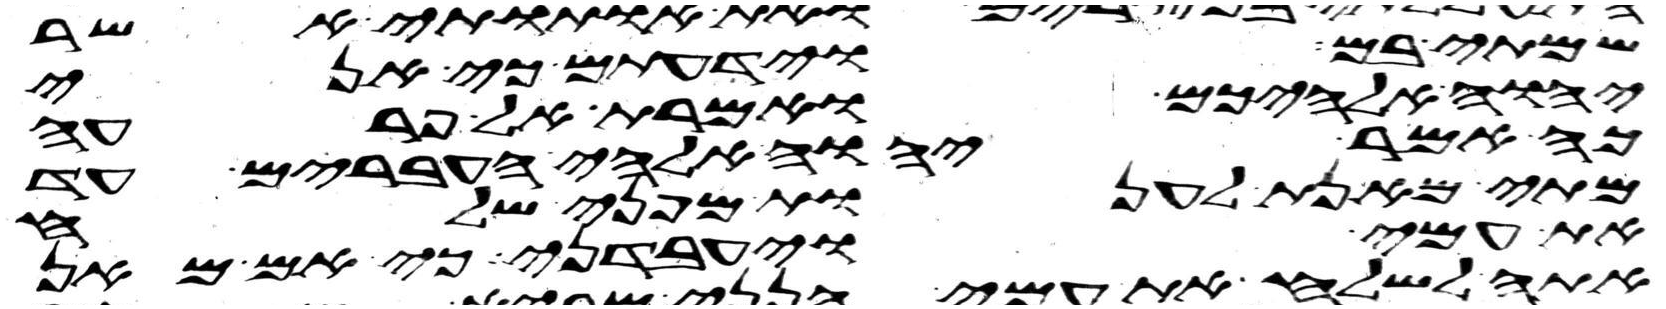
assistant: שמתי בם וידעתם כי אני
יהוה אלהיכם ואמרת אל פרעה
כה אמר יהוה אלהי העברים עד
מתי מאנת לענות מפני שלח
את עמי ויעבדני כי אם מאן